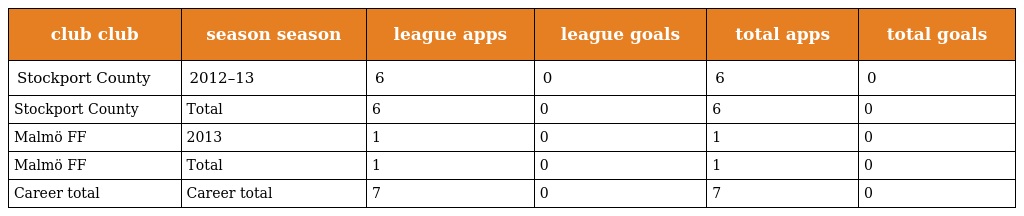
| club club | season season | league apps | league goals | total apps | total goals |
 | --- | --- | --- | --- | --- | --- |
 | Stockport County | 2012–13 | 6 | 0 | 6 | 0 |
 | Stockport County | Total | 6 | 0 | 6 | 0 |
 | Malmö FF | 2013 | 1 | 0 | 1 | 0 |
 | Malmö FF | Total | 1 | 0 | 1 | 0 |
 | Career total | Career total | 7 | 0 | 7 | 0 |